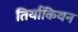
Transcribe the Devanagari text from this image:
तिर्याकियन